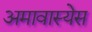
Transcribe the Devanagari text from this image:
अमावास्येस